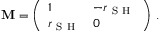
\mathbf { M } = \left( \begin{array} { l l } { 1 } & { - r _ { \mathrm { ~ S ~ H ~ } } } \\ { r _ { \mathrm { ~ S ~ H ~ } } } & { 0 } \end{array} \right) \, .